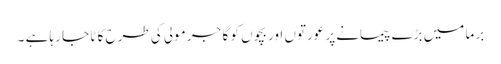
بر ما میں بڑے پیمانے پر عورتوں اور بچوں کو گا جر مولی کی طرح کا ٹا جا رہا ہے ۔